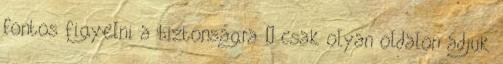
fontos figyelni a biztonságra – csak olyan oldalon adjuk